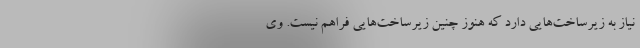
نیاز به زیرساخت‌هایی دارد که هنوز چنین زیرساخت‌هایی فراهم نیست. وی